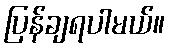
ပြန်ချရပါမယ်။